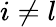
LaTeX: i\neq l